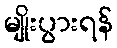
မျိုးပွားရန်